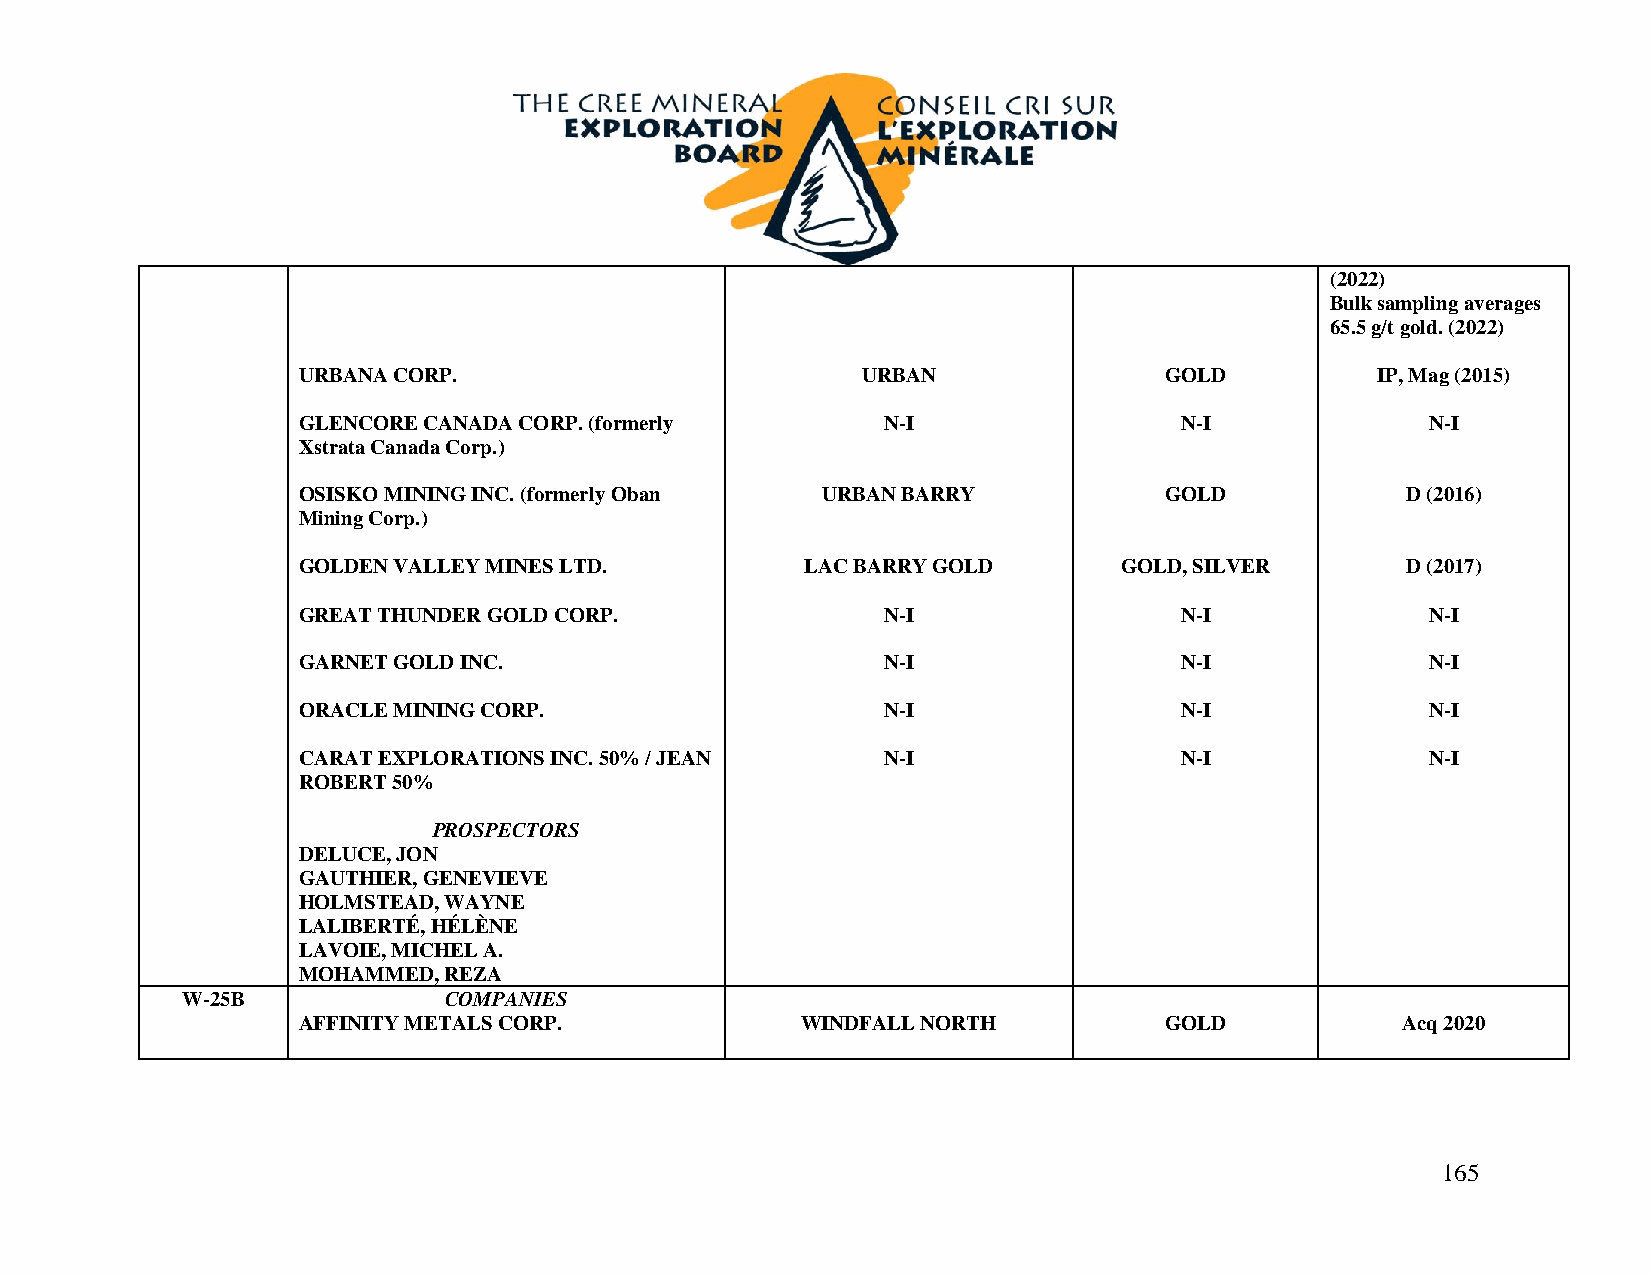
(2022)
 Bulk sampling averages
 65.5 g/t gold. (2022)
 URBANA CORP.                         URBAN               GOLD          IP, Mag (2015)
 GLENCORE CANADA CORP. (formerly        N-I                N-I              N-I
 Xstrata Canada Corp.)
 OSISKO MINING INC. (formerly Oban URBAN BARRY            GOLD            D (2016)
 Mining Corp.)
 GOLDEN VALLEY MINES LTD.         LAC BARRY GOLD       GOLD, SILVER       D (2017)
 GREAT THUNDER GOLD CORP.               N-I                N-I              N-I
 GARNET GOLD INC.                       N-I                N-I              N-I
 ORACLE MINING CORP.                    N-I                N-I              N-I
 CARAT EXPLORATIONS INC. 50% / JEAN     N-I                N-I              N-I
 ROBERT 50%
 PROSPECTORS
 DELUCE, JON
 GAUTHIER, GENEVIEVE
 HOLMSTEAD, WAYNE
 LALIBERTÉ, HÉLÈNE
 LAVOIE, MICHEL A.
 MOHAMMED, REZA
 W-25B            COMPANIES
 AFFINITY METALS CORP.            WINDFALL NORTH          GOLD            Acq 2020
 165